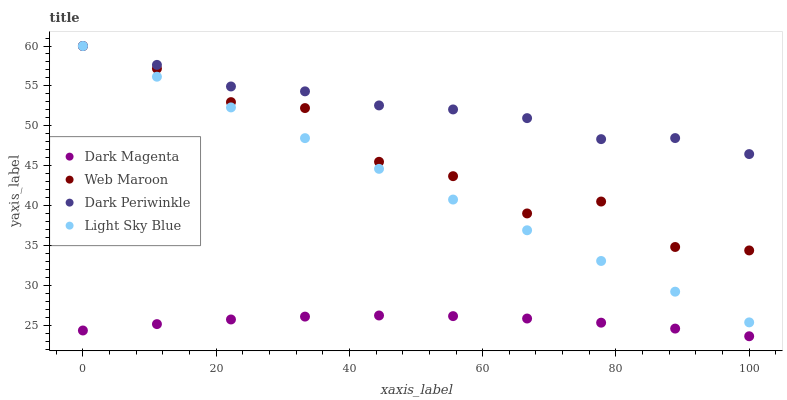
| xaxis_label | Dark Magenta | Web Maroon | Dark Periwinkle | Light Sky Blue |
 | --- | --- | --- | --- | --- |
 | 0 | 24.4 | 60 | 60 | 60 |
 | 11.1 | 25.2 | 57.2 | 57.6 | 56.2 |
 | 22.2 | 25.7 | 53 | 54.9 | 52.3 |
 | 33.3 | 26.1 | 52.2 | 54.3 | 48.5 |
 | 44.4 | 26.2 | 45.5 | 52.6 | 44.6 |
 | 55.6 | 26.2 | 43.7 | 52.1 | 40.8 |
 | 66.7 | 25.9 | 39 | 51 | 36.9 |
 | 77.8 | 25.3 | 40.5 | 48.3 | 33.1 |
 | 88.9 | 24.6 | 34.8 | 48.5 | 29.2 |
 | 100 | 23.6 | 34.4 | 46.5 | 25.4 |